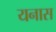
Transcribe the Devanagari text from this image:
यनास